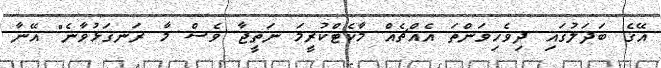
އޭގެ ބަދަލުގައި ދިވެހިވަންތަ އެއްޗެއް މާކެޓްކުރީމަ ނަތީޖާ ވެސް މާ ރަނގަޅުވާނެ" އޭނާ